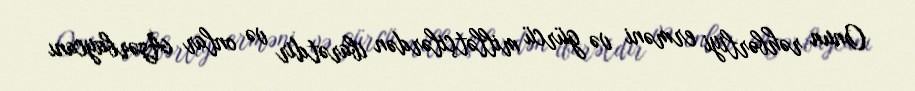
Onun rəhbərliyi erməni və gürcü millətçilərdən ibarətdir və onlar Azərbaycanı